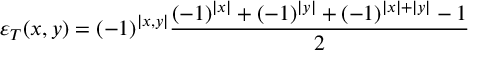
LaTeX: \varepsilon _ { T } ( x , y ) = ( - 1 ) ^ { \left| x , y \right| } \frac { ( - 1 ) ^ { \left| x \right| } + ( - 1 ) ^ { \left| y \right| } + ( - 1 ) ^ { \left| x \right| + \left| y \right| } - 1 } { 2 }